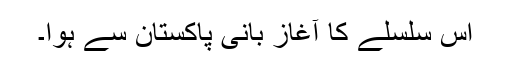
اس سلسلے کا آغاز بانی پاکستان سے ہوا۔